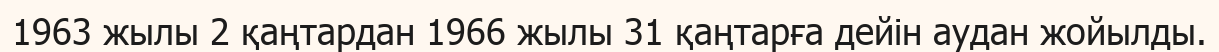
1963 жылы 2 қаңтардан 1966 жылы 31 қаңтарға дейін аудан жойылды.